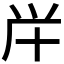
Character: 𠦖